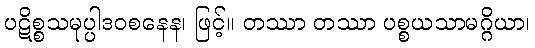
ပဋိစ္စသမုပ္ပါဒဝစနေန၊ ဖြင့်။ တဿာ တဿာ ပစ္စယသာမဂ္ဂိယာ၊